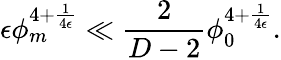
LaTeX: \epsilon\phi_{m}^{4+{\frac{1}{4\epsilon}}}\ll{\frac{2}{D-2}}\phi_{0}^{4+{\frac{1}{4\epsilon}}}.